Report on sanitation, dispensaries, and jails in Rajputana for 1918, and on vaccination for the year 1918-1919 - 1918-1919
Year: 1918
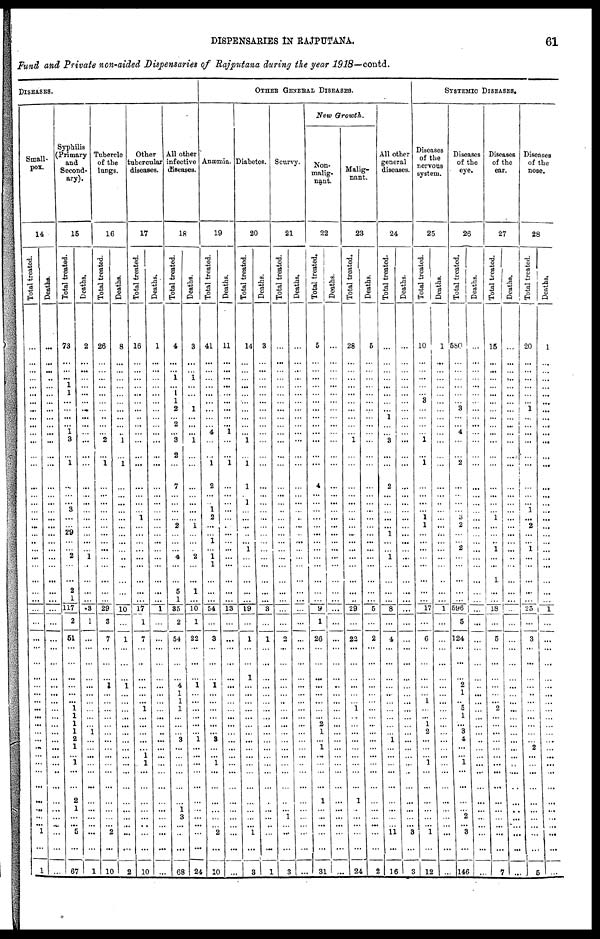
DISPENSARIES IN RAJPUTANA.
61
Fund and Private non-aided Dispensaries of Rajputana during the year 1918—contd.
DISEASES.
Small¬
pox.
14
Total treated.
...
...
...
...
...
...
...
...
...
...
...
...
...
...
...
...
...
...
...
...
...
...
...
...
...
...
...
...
...
...
...
...
...
...
...
...
...
...
...
...
...
...
...
...
...
...
...
...
...
...
... 1
...
1
Deaths.
...
...
...
...
...
...
...
...
...
...
...
...
...
...
...
...
...
...
...
...
...
...
...
...
...
...
...
...
...
...
...
...
...
...
...
...
...
...
...
...
...
...
...
...
...
...
...
...
...
...
...
...
...
...
Syphilis
(Primary
and
Second-
ary).
15
Total treated.
73
...
...
... 1
1
...
...
...
...
1
3
...
1
...
...
... 3
...
...
29
...
...
2
...
...
2
1
117
2
51
...
...
...
...
...
...
1
1
1
1
2
1
...
1
...
...
2
1
...
... 5
...
67
Deaths.
2
...
...
...
...
...
...
...
...
...
...
...
...
...
...
...
...
...
...
...
...
...
...
1
...
...
...
...
3
1
...
...
...
...
...
...
...
...
...
...
1
...
...
...
...
...
...
...
...
...
... ...
...
1
Tubercle
of the
lungs.
16
Total treated.
26
...
...
...
...
...
...
...
...
...
...
2
...
1
...
...
...
...
...
...
...
...
...
...
...
...
...
...
29
3
7
...
...
...
1
...
...
...
...
...
...
...
...
...
...
...
...
...
...
...
... 2
...
10
Deaths.
8
...
...
...
...
...
...
...
...
...
...
1
...
1
...
...
...
...
...
...
...
...
...
...
...
...
...
...
10
...
1
...
...
...
1
...
...
...
...
...
...
...
...
...
...
...
...
...
...
...
...
...
...
2
Other
tubercular
diseases.
17
Total treated.
16
...
...
...
...
...
...
...
...
...
...
...
...
...
...
...
...
...
1
...
...
...
...
...
...
...
...
...
17
1
7
...
...
...
...
...
...
1
...
...
...
...
...
1
1
...
...
...
...
...
...
...
...
10
Deaths.
1
...
...
...
...
...
...
...
...
...
...
...
...
...
...
...
...
...
...
...
...
...
...
...
...
...
...
...
1
...
...
...
...
...
...
...
...
...
...
...
...
...
...
...
...
...
...
...
...
...
... ...
...
...
All other
infective
diseases.
18
Total treated.
4
...
...
1
...
1
1
2
...
2
...
3
2
...
7
...
...
...
...
2
...
...
...
4
...
...
5
1
35
2
54
...
...
...
4
1
1
1
...
...
...
3
...
...
...
...
...
...
1
3
...
...
...
68
Deaths.
3
...
...
1
...
...
...
1
...
...
...
1
...
...
...
...
...
...
...
1
...
...
...
2
...
...
1
...
10
1
22
...
...
...
1
...
...
...
...
...
...
1
...
...
...
...
...
...
...
...
...
...
...
24
OTHER GENERAL DISEASES.
Anæmia.
19
Total treated.
41
...
...
...
...
...
...
...
...
...
4
...
...
1
2
...
... 1
2
...
...
1
...
1
1
...
...
...
54
...
3
...
...
...
1
...
...
...
...
...
...
3
...
...
1
...
...
...
...
...
... 2
...
10
Deaths.
11
...
...
...
...
...
...
...
...
...
1
...
...
1
...
...
...
...
...
...
...
...
...
...
...
...
...
...
13
...
...
...
...
...
...
...
...
...
...
...
...
...
...
...
...
...
...
...
...
...
... ...
...
...
Diabetes.
20
Total treated.
14
...
...
...
...
...
...
...
...
...
...
1
...
1
1
... 1
...
...
...
...
...
1
...
...
...
...
...
19
...
1
...
...
1
...
...
...
...
...
...
...
...
...
...
...
...
...
...
...
...
... 1
...
3
Deaths.
3
...
...
...
...
...
...
...
...
...
...
...
...
...
...
...
...
...
...
...
...
...
...
...
...
...
...
...
3
...
1
...
...
...
...
...
...
...
...
...
...
...
...
...
...
...
...
...
...
...
...
...
...
1
Scurvy.
21
Total treated.
...
...
...
...
...
...
...
...
...
...
...
...
...
...
...
...
... ...
...
...
...
...
...
...
...
...
...
...
...
...
2
...
...
...
...
...
...
...
...
...
...
...
...
...
...
...
...
...
...
1
... ...
...
3
Deaths.
...
...
...
...
...
...
...
...
...
...
...
...
...
...
...
...
...
...
...
...
...
...
...
...
...
...
...
...
...
...
...
...
...
...
...
...
...
...
...
...
...
...
...
...
...
...
...
...
...
...
...
...
...
...
New Growth.
Non¬
malig-
nant.
22
Total treated.
5
...
...
...
...
...
...
...
...
...
...
...
...
...
4
...
...
...
...
...
...
...
...
...
...
...
...
...
9
1
26
...
...
...
...
...
...
...
...
2
1
...
1
...
...
...
...
1
...
...
...
...
...
31
Deaths.
...
...
...
...
...
...
...
...
...
...
...
...
...
...
...
...
...
...
...
...
...
...
...
...
...
...
...
...
...
...
...
...
...
...
...
...
...
...
...
...
...
...
...
...
...
...
...
...
...
...
...
...
...
...
Malig-
nant.
23
Total treated.
28
...
...
...
...
...
...
...
...
...
...
1
...
...
...
...
...
...
...
...
...
...
...
...
...
...
...
...
29
...
22
...
...
...
...
...
...
1
...
...
...
...
...
...
...
...
...
1
...
...
...
...
...
24
Deaths.
5
...
...
...
...
...
...
...
...
...
...
...
...
...
...
...
...
...
...
...
...
...
...
...
...
...
...
...
5
...
2
...
...
...
...
...
...
...
...
...
...
...
...
...
...
...
...
...
...
...
...
...
...
2
All other
general
diseases.
24
Total treated.
...
...
...
...
...
...
...
...
1
...
...
3
...
...
2
...
...
...
...
...
1
...
...
1
...
...
...
...
8
...
4
...
...
...
...
...
...
...
...
...
...
1
...
...
...
...
...
...
...
...
... 11
...
16
Deaths.
...
...
...
...
...
...
...
...
...
...
...
...
...
...
...
...
...
...
...
...
...
...
...
...
...
...
...
...
...
...
...
...
...
...
...
...
...
...
...
...
...
...
...
...
...
...
...
...
...
...
...
3
...
3
SYSTEMIC DISEASES.
Diseases
of the
nervous
system.
25
Total treated.
10
...
...
...
...
...
3
...
...
...
...
1
...
1
...
...
...
...
1
1
...
...
...
...
...
...
...
...
17
...
6
...
...
...
...
...
1
...
...
1
2
...
...
...
1
...
...
...
...
...
... 1
...
12
Deaths.
1
...
...
...
...
...
...
...
...
...
...
...
...
...
...
...
...
...
...
...
...
...
...
...
...
...
...
...
1
...
...
...
...
...
...
...
...
...
...
...
...
...
...
...
...
...
...
...
...
...
...
...
...
...
Diseases
of the
eye.
26
Total treated.
580
...
...
...
...
...
...
3
...
...
4
...
...
2
...
...
...
...
3
2
...
...
2
...
...
...
...
...
596
5
124
...
...
...
2
1
...
5
1
...
3
4
...
...
1
...
...
...
...
2
... 3
...
146
Deaths.
...
...
...
...
...
...
...
...
...
...
...
...
...
...
...
...
...
...
...
...
...
...
...
...
...
...
...
...
...
...
...
...
...
...
...
...
...
...
...
...
...
...
...
...
...
...
...
...
...
...
... ...
...
...
Diseases
of the
ear.
27
Total treated.
15
...
...
...
...
...
...
...
...
...
...
...
...
...
...
...
...
...
1
...
...
...
1
...
...
1
...
...
18
...
5
...
...
...
...
...
...
2
...
...
...
...
...
...
...
...
...
...
...
...
... ...
...
7
Deaths.
...
...
...
...
...
...
...
...
...
...
...
...
...
...
...
...
...
...
...
...
...
...
...
...
...
...
...
...
...
...
...
...
...
...
...
...
...
...
...
...
...
...
...
...
...
...
...
...
...
...
... ...
...
...
Diseases
of the
nose.
28
Total treated.
20
...
...
...
...
...
...
1
...
...
...
...
...
...
...
...
... 1
...
2
...
...
1
...
...
...
...
...
25
...
3
...
...
...
...
...
...
...
...
...
...
...
2
...
...
...
...
...
...
...
...
...
...
5
Deaths.
1
...
...
...
...
...
...
...
...
...
...
...
...
...
...
...
...
...
...
...
...
...
...
...
...
...
...
...
1
...
...
...
...
...
...
...
...
...
...
...
...
...
...
...
...
...
...
...
...
...
... ...
...
...